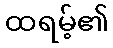
ထရမ့်၏